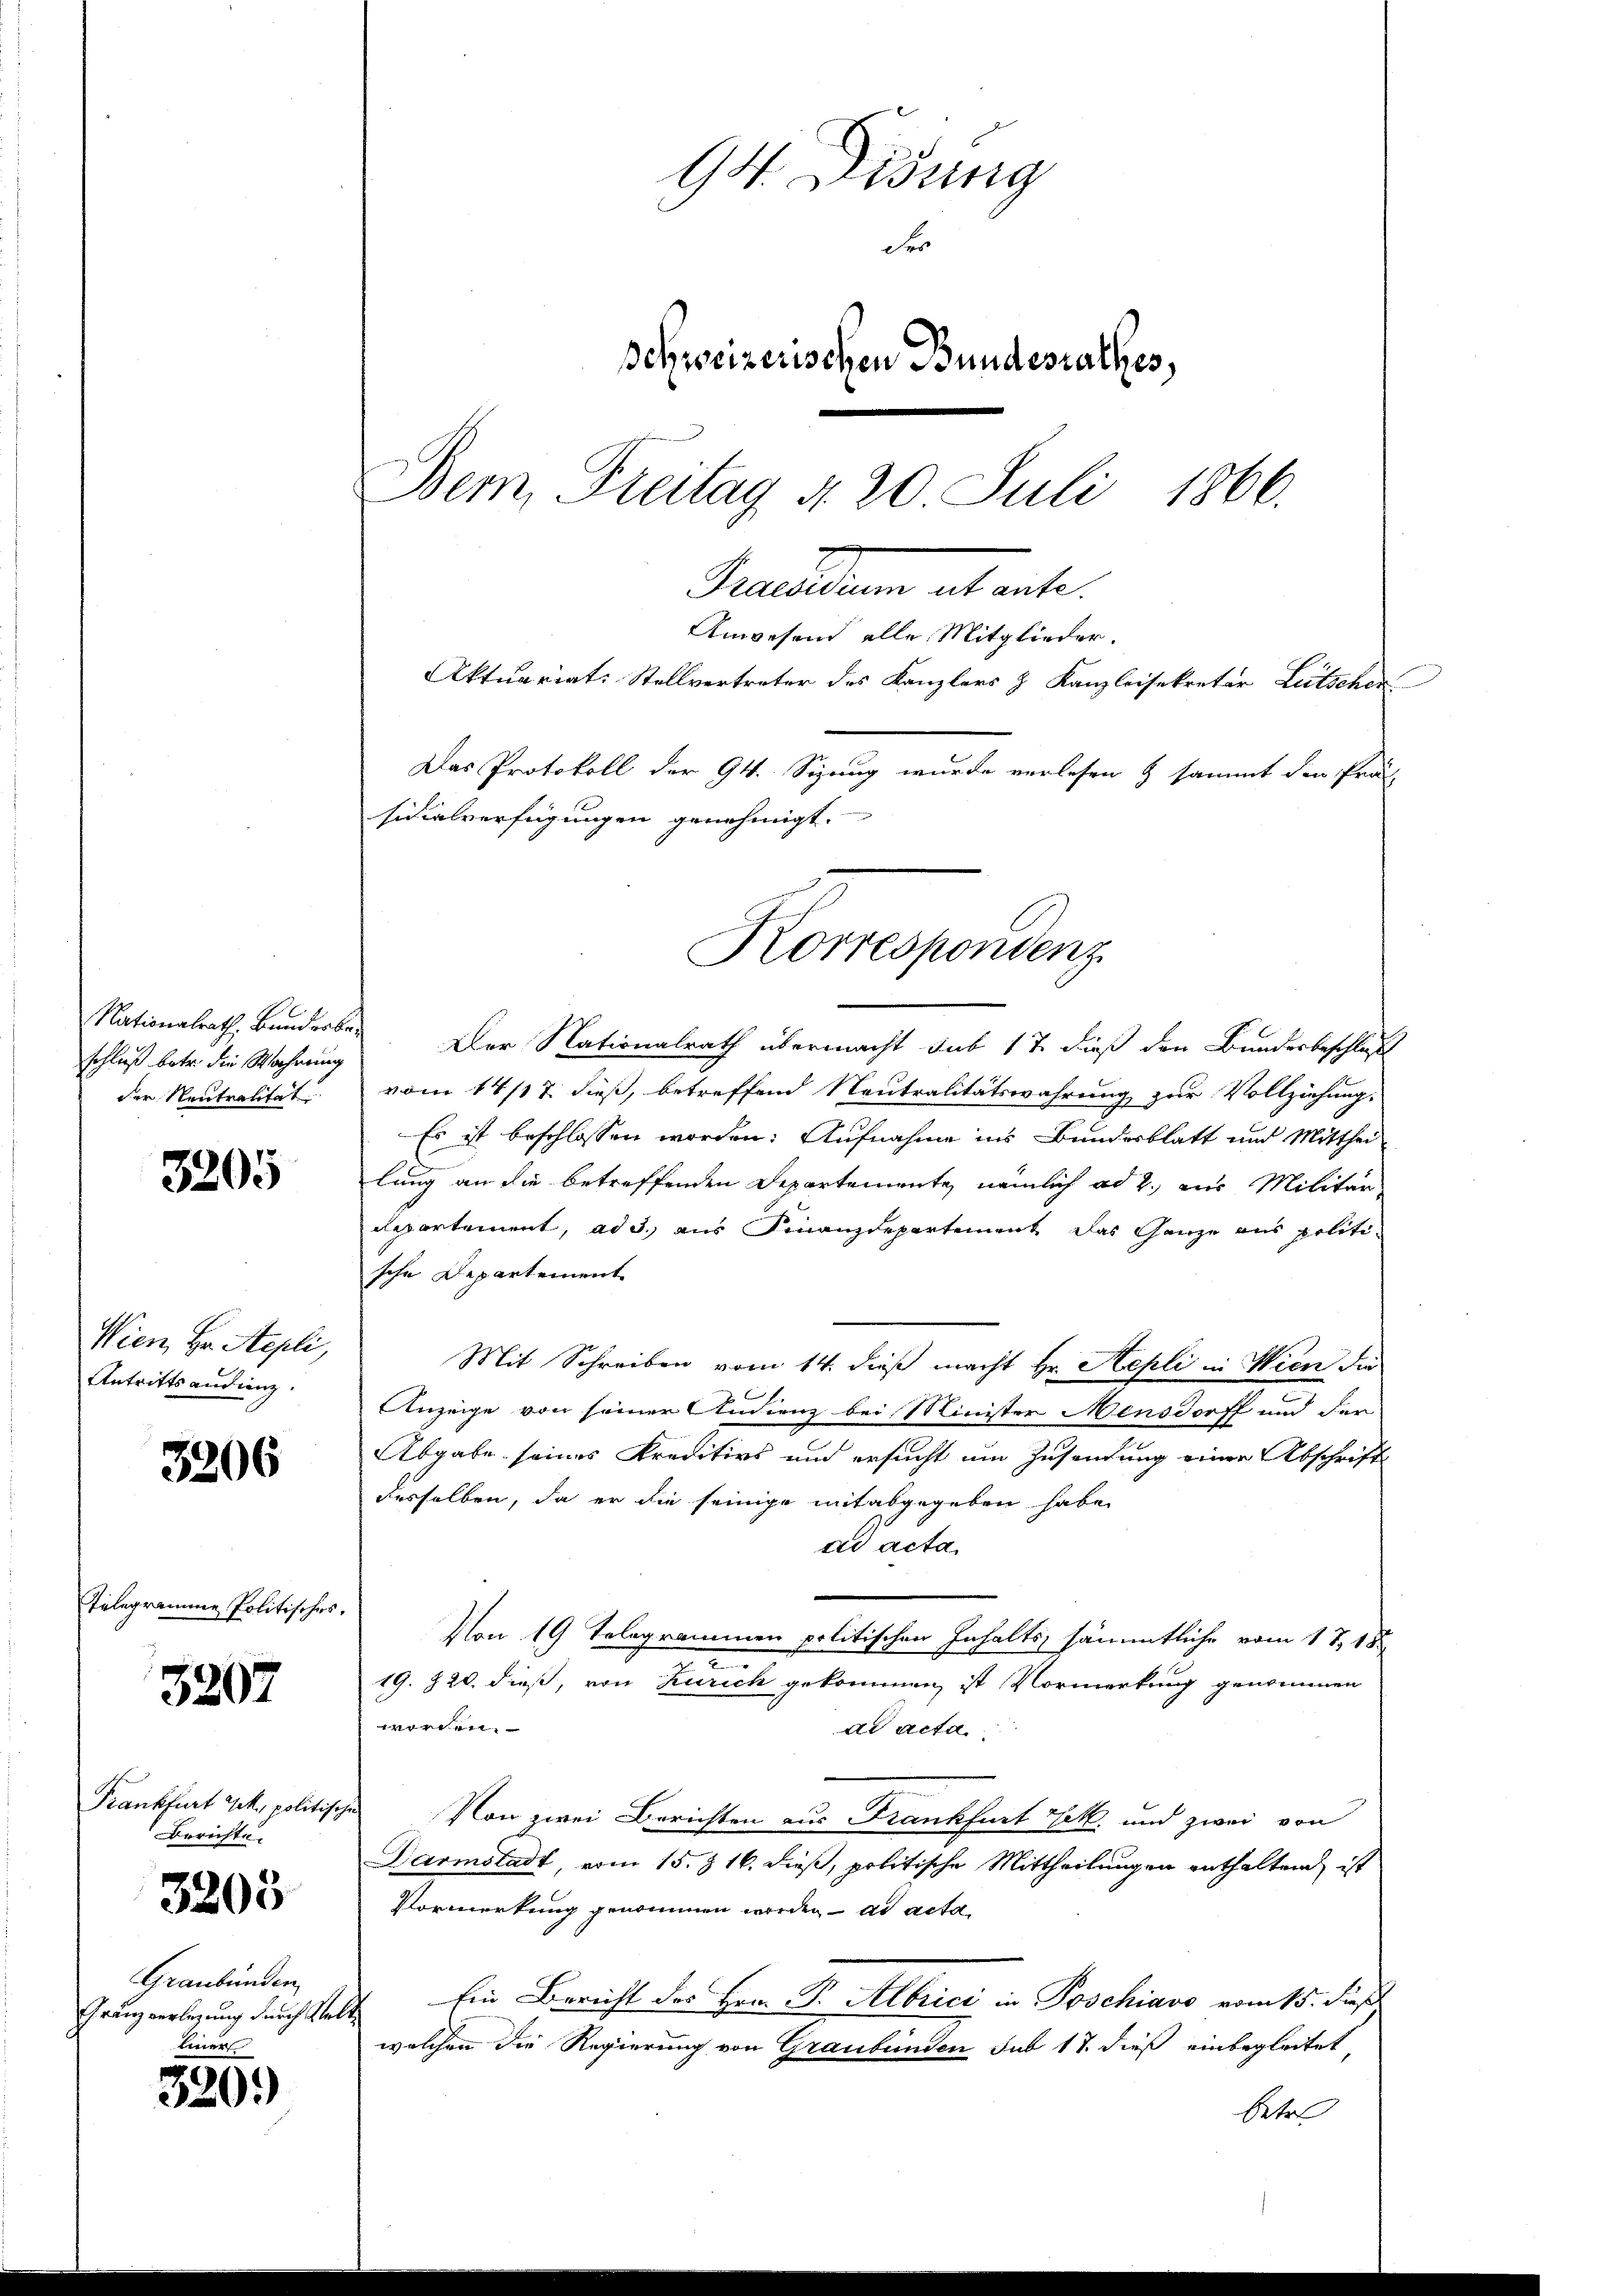
schluß betr. die Wahrung
der Neutralität

3205

Wien, Hr. Repli,
Antritts andienz.

3206

Telegramme politisches.

3207

Frankfurt Jak. politische
Berichte.

3205

Graubünden
Einer

320)

94. Didung
der
schweizerischen Bundesrathes,
Dem Freitag 4. 20 Juli 1866.
Maedlen altente.
Anwesend alle Mitglieder.
Aktuariats Stellvertreter des Kanzlers & Kanzleisekretär Lütscher
Das Protokoll der 94. Sizung wurde verlesen & sammt den Fra
sicialverfügungen genehmigt.

Nationalrath, Bunderbe. Der Nationalrath übermacht sub 17 dieß den Bundesbeschluß
vom 14/17. dieß, betreffend Neutralitätswahrung zur Vollziehung,
Es ist beschlossen worden: Aufnahme ins Bundesblatt und Mitthei
lung an die betreffenden Departemente, nämlich ad 2., aus Militär
Repartement, ad 3. aus Finanzdepartement das Ganze aus politische Departement
Mit Schreiben vom 14. dieß macht Hr. Hepli in Wien die
b
Anzeige von seiner Andienz bei Minister Mensdorff und der
Abgabe seines Kreditivs und ersucht um Zusendung einer Abschrift
desselben, da er die seinige mit abgegeben habe,
ad acta
Von 19 Telegrammen politischen Inhalts, sämmtliche vom 17. 185
19. 720. dieß, von Zürich gekommen, ist Vormerkung genommen
worden.
dd acta
Von zwei Berichten aus Krankfurt k. und zwei von
Darmstadt, vom 15. & 16. dieß, politische Mittheilungen enthaltend, ist
Vormerkung genommen worden ad acta
Franzverlegung durch Velt in Bericht des Hrn. Pr. Albrici in Poschiavo vom 15. dieß
welchen die Regierung von Graubünden sub 17. dieß einbegleitet,
betre

Korrespondenz